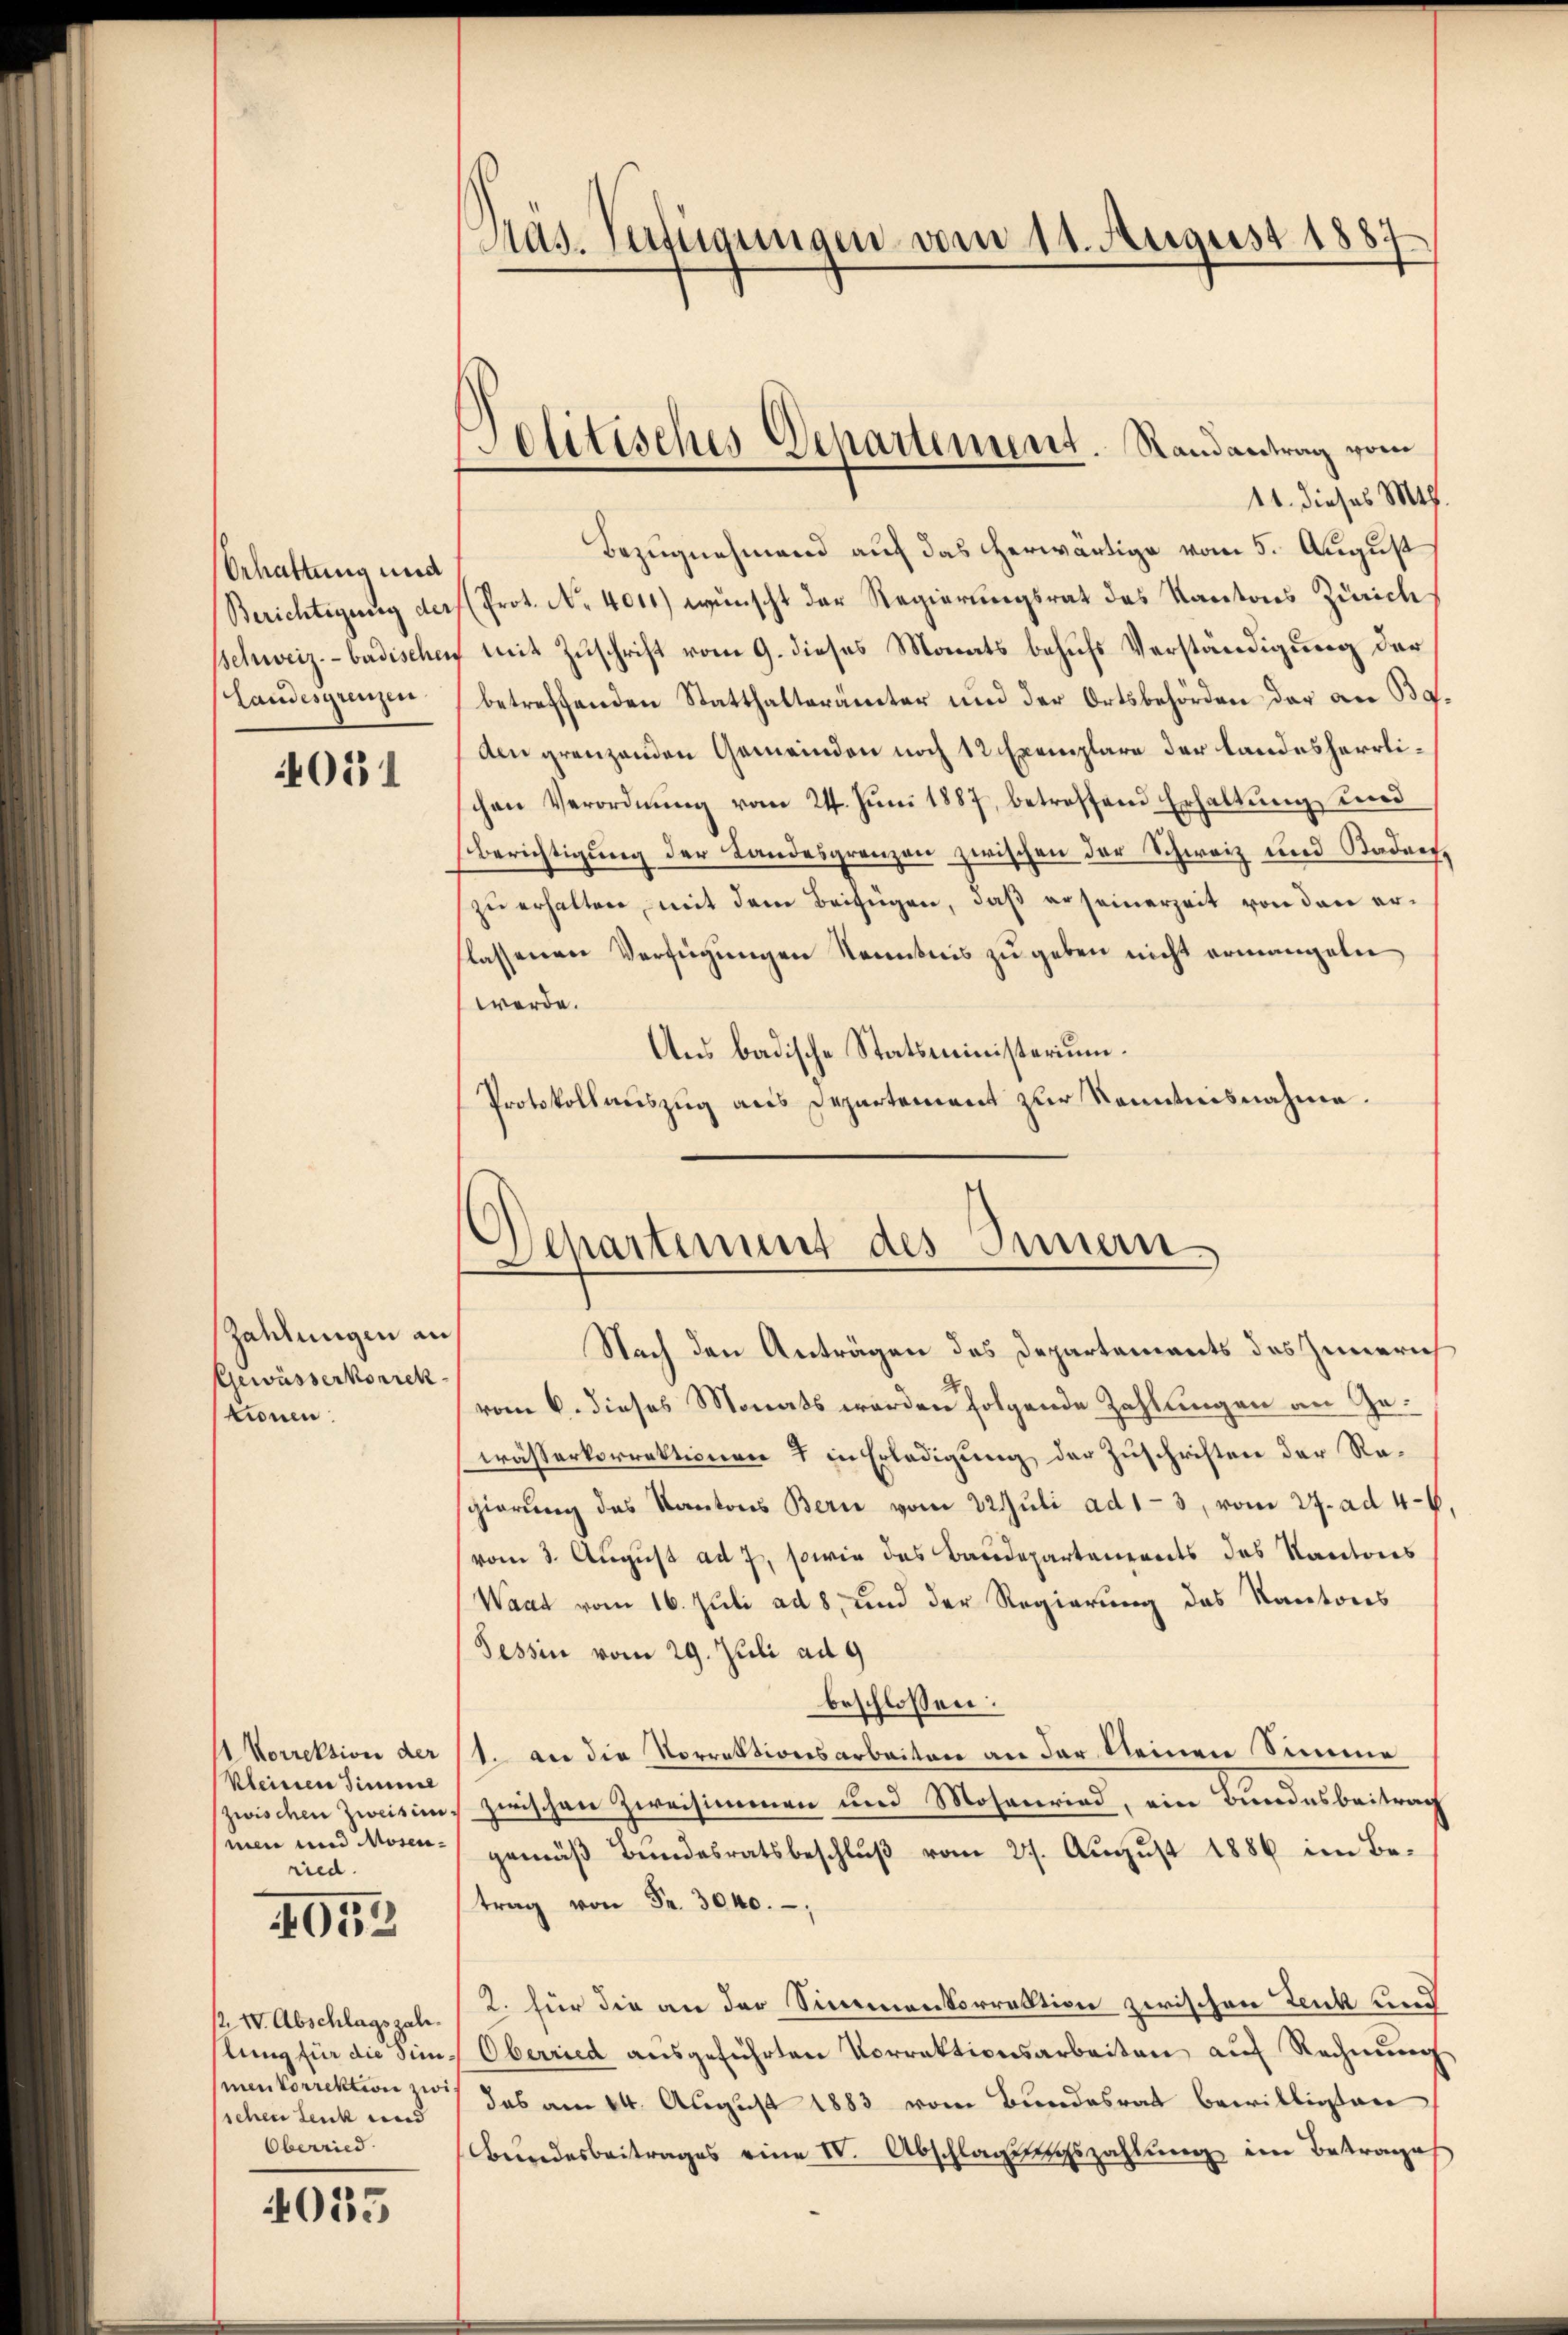
Schattung und
Berichtigung der
Schweiz. - badischen
Landesgrenzen

4031

Zahlungen an
Gewässerkorrek
tionen:

Korrektion der
kleinen Simmel
zwischen Zweisinmen und Mosen-
ried.

4053

1. IV. Abschlagszale.
lung für die Sinmenkorrektion zwis
schen Lenk und
Oberried

4035

Mas. Verfügungen vom 11. August 188
7

11. dieses Mtt.
Bezugnehmend auf das herwärtige vom 5. August
Prot. No. 4011) wünscht der Regierungsrat des Kantons Zürich
7 mit Zuschrift vom 9. dieses Monats behufs Verständigung der
betreffenden Statthalterämter und der Ortsbehörden der an Baden grenzenden Gemeinden noch 12 Exemplare der landesherrlichen Verordnŭng vom 24. Jŭni 1887, betreffend Erhaltŭng und
Berichtigung der Landesgrenzen zwischen der Schweiz und Stadaetzu erhalten, mit dem Beifügen, daß er seinerzeit von den erflassenen Verfügungen Kenntnis zu geben nicht ermangeln
werde.
Aus badische Statsministerium.
Protokollauszug aus Departement zur Kenntnisnahme.

politisches Departement. Randantrag vom

Departement des Innern

Nach den Anträgen des Departements des Zimmeri
vom 6. dieses Monats werden folgende Zahlungen an Gewässerkorrektionen & in Erledigung der Zuschriften der Resgierŭng des Kantons Bern vom 22. Jŭli ad 13, vom 27. ad 46
(vom 3. August ad 7, sowie das Baudepartanereits des Kantons
Waat vom 16. Juli ad 8, und der Regierung des Kantons
Tessin vom 29. Juli ad 9
beschlossen:
1. an die Norrektionsarbeiten an der kleinen Simme
zwischen Zweisimmen und Mosenrind, ein Bundesbeitrag
gemäß Bundesratsbeschluß vom 27. August 1886 im Betrag von Fr. 3040.
2. für die an der Simmenkorrektion zwischen Leuk und
Oberried aŭsgeführten Vorrektionsarbeiten aŭf Rechnŭng
das am 24. August 1883 vom Bundesrat bewilligten
Bundesbeitrages eine IV. Abschlagungszahlŭng im Betrages